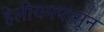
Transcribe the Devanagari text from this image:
हेलीयमपासून